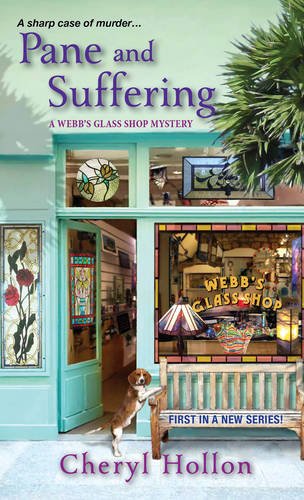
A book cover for Pane and Suffering (A Webb's Glass Shop Mystery); Cheryl Hollon; Mystery, Thriller & Suspense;